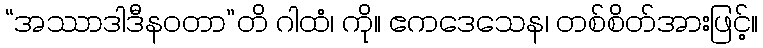
“အဿာဒါဒီနဝတာ”တိ ဂါထံ၊ ကို။ ဧကဒေသေန၊ တစ်စိတ်အားဖြင့်။